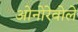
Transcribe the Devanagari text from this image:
ओनोरेवोले